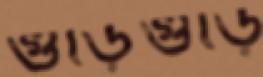
গুড়িগুড়ি